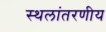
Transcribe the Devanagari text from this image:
स्थलांतरणीय